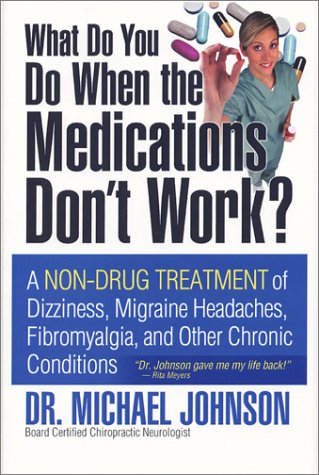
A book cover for What Do You Do When the Medications Don't Work? A Non-Drug Treatment of Dizziness, Migraine Headaches, Fibromyalgia, and Other Chronic Conditions; Michael L. Johnson; Health, Fitness & Dieting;